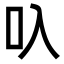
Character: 叺